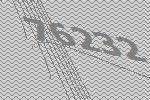
76232